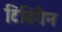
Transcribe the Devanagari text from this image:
टिबिंगैन